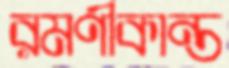
রমণীকান্ত